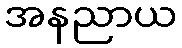
အနညာယ